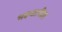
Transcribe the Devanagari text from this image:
भक्ष्यातील